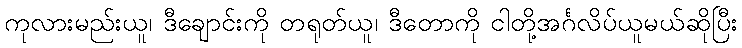
ကုလားမည်းယူ၊ ဒီချောင်းကို တရုတ်ယူ၊ ဒီတောကို ငါတို့အင်္ဂလိပ်ယူမယ်ဆိုပြီး